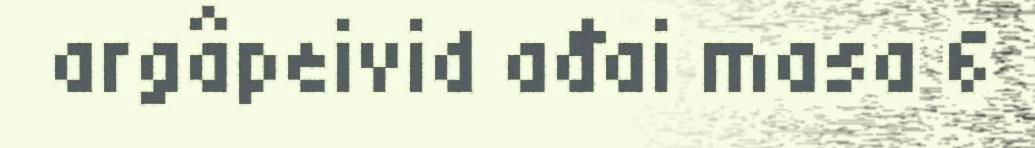
argâpeivid ađai masa 6